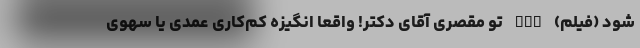
شود (فیلم) nan تو مقصری آقای دکتر! واقعا انگیزه کم‌کاری عمدی یا سهوی